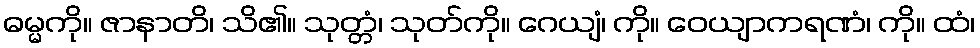
ဓမ္မကို။ ဇာနာတိ၊ သိ၏။ သုတ္တံ၊ သုတ်ကို။ ဂေယျံ၊ ကို။ ဝေယျာကရဏံ၊ ကို။ ထံ၊